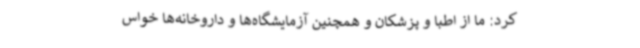
کرد: ما از اطبا و پزشکان و همچنین آزمایشگاه‌ها و داروخانه‌ها خواس